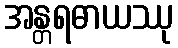
အန္တရဓာယဿု